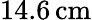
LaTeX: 14.6\, \mathrm{cm}